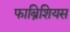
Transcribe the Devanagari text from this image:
फाब्रिशियस